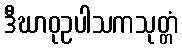
ဒီဃာဝုဥပါသကသုတ္တံ